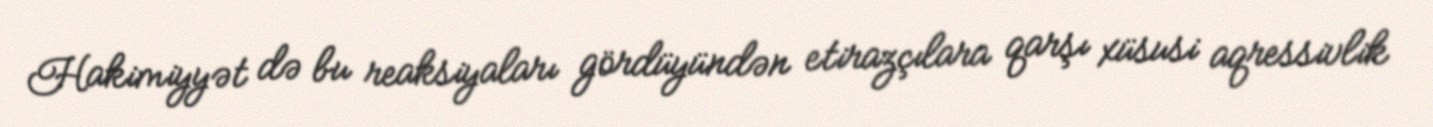
Hakimiyyət də bu reaksiyaları gördüyündən etirazçılara qarşı xüsusi aqressivlik